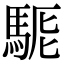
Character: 𩣄